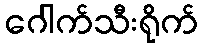
ဂေါက်သီးရိုက်